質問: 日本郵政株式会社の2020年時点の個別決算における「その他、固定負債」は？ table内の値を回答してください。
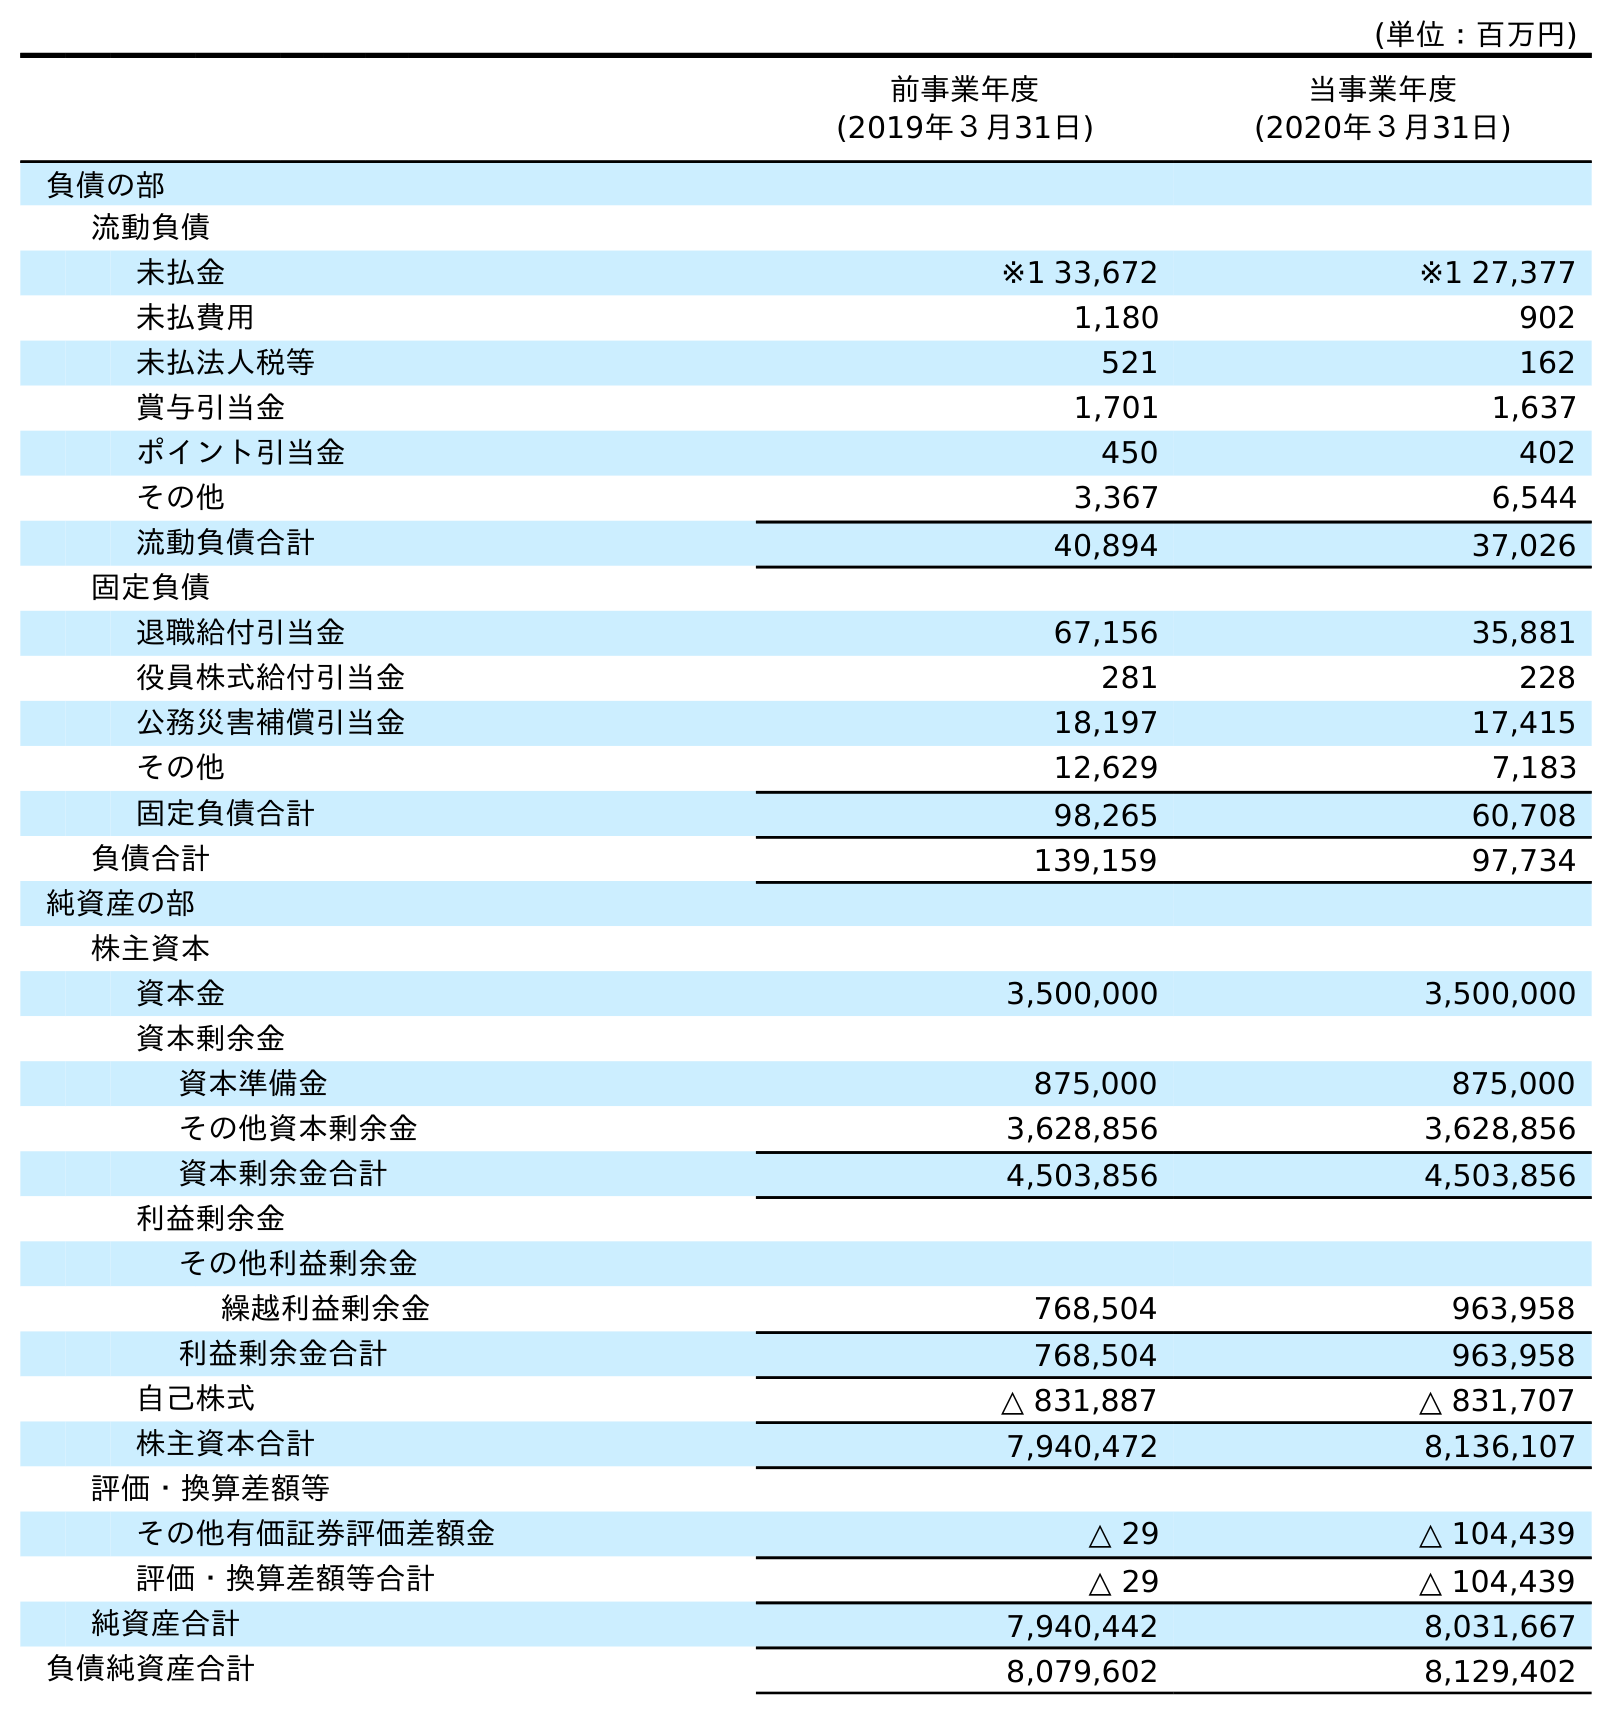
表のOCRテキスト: (単位：百万円) 前事業年度 (2019年３月31日) 当事業年度 (2020年３月31日) 負債の部 流動負債 未払金 ※1 33,672 ※1 27,377 未払費用 1,180 902 未払法人税等 521 162 賞与引当金 1,701 1,637 ポイント引当金 450 402 その他 3,367 6,544 流動負債合計 40,894 37,026 固定負債 退職給付引当金 67,156 35,881 役員株式給付引当金 281 228 公務災害補償引当金 18,197 17,415 その他 12,629 7,183 固定負債合計 98,265 60,708 負債合計 139,159 97,734 純資産の部 株主資本 資本金 3,500,000 3,500,000 資本剰余金 資本準備金 875,000 875,000 その他資本剰余金 3,628,856 3,628,856 資本剰余金合計 4,503,856 4,503,856 利益剰余金 その他利益剰余金 繰越利益剰余金 768,504 963,958 利益剰余金合計 768,504 963,958 自己株式 △ 831,887 △ 831,707 株主資本合計 7,940,472 8,136,107 評価・換算差額等 その他有価証券評価差額金 △ 29 △ 104,439 評価・換算差額等合計 △ 29 △ 104,439 純資産合計 7,940,442 8,031,667 負債純資産合計 8,079,602 8,129,402
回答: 7,183